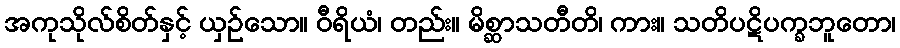
အကုသိုလ်စိတ်နှင့် ယှဉ်သော။ ဝီရိယံ၊ တည်း။ မိစ္ဆာသတီတိ၊ ကား။ သတိပဋိပက္ခဘူတော၊